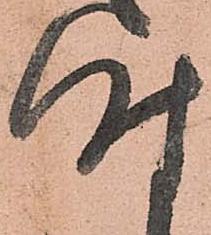
時